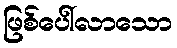
ဖြစ်ပေါ်လာသော